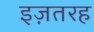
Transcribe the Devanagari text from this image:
इज़तरह